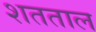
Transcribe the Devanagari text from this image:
शतताल